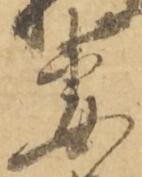
妻